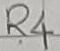
Text: R4